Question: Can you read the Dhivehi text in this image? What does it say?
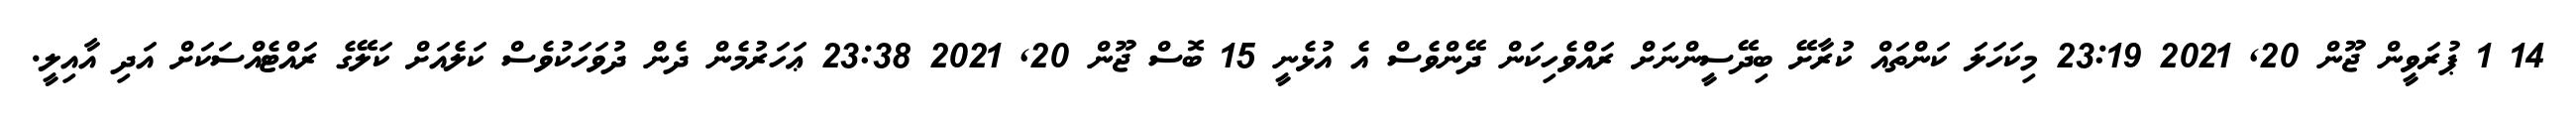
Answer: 14 1 ޕުރަވީން ޖޫން 20, 2021 23:19 މިކަހަލަ ކަންތައް ކުރާށޭ ބިދޭސީންނަށް ރައްވެހިކަން ދޭންވެސް އެ އުޅެނީ 15 ބޮސް ޖޫން 20, 2021 23:38 ޢަހަރުމެން ދެން ދުވަހަކުވެސް ކަލެއަށް ކަލޭގެ ރައްޓެއްސަކަށް އަދި އާއިލީ.